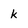
Character: k